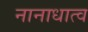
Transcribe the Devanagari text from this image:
नानाधात्व